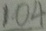
1 0 4